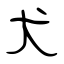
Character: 犬